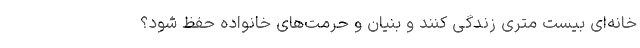
خانه‌ای بیست متری زندگی کنند و بنیان و حرمت‌های خانواده حفظ شود؟